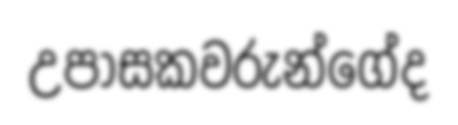
උපාසකවරුන්ගේද